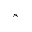
_ 8